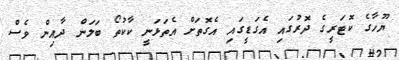
ޔޫހާގެ ކޮޓަރީގެ ދޮރުގައި އެގަޑީގައި އެގޮތަށް އެތަޅަނީ ކާކުތޯ ބަލަން ދާއިން ވެސް